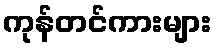
ကုန်တင်ကားများ